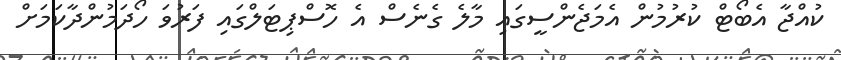
ކުއްޖާ އެބޯޓް ކުރުމުން އެމަޖެންސީގައި މާލެ ގެނެސް އެ ހޮސްޕިޓަލްގައި ފަރުވަ ހޯދަމުންދާކަމަށް